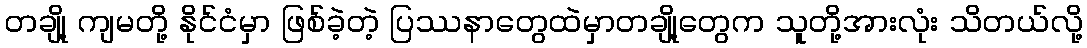
တချို့ ကျမတို့ နိုင်ငံမှာ ဖြစ်ခဲ့တဲ့ ပြဿနာတွေထဲမှာတချို့တွေက သူတို့အားလုံး သိတယ်လို့